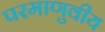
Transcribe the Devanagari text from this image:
परमाणुवीय